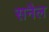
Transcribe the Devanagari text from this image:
सनैल